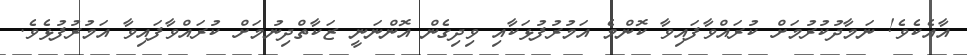
އާއެކެވެ! ނަމާދުކުރުމަށް ކުރައްވާފައިވާ ކޮންމެ އަމުރުފުޅަކާއި ވިދިގެން އޮންނަނީ ޒަކާތްދިނުމަށް ކުރައްވާފައިވާ އަމުރުފުޅެވެ.